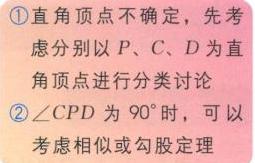
\textcircled{1}直角顶点不确定，先考虑分别以\(P\)、\(C\)、\(D\)为直角顶点进行分类讨论
\textcircled{2}\(\angle CPD\)为\(90^{\circ}\)时，可以考虑相似或勾股定理